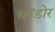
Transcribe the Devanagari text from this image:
थॉडोर